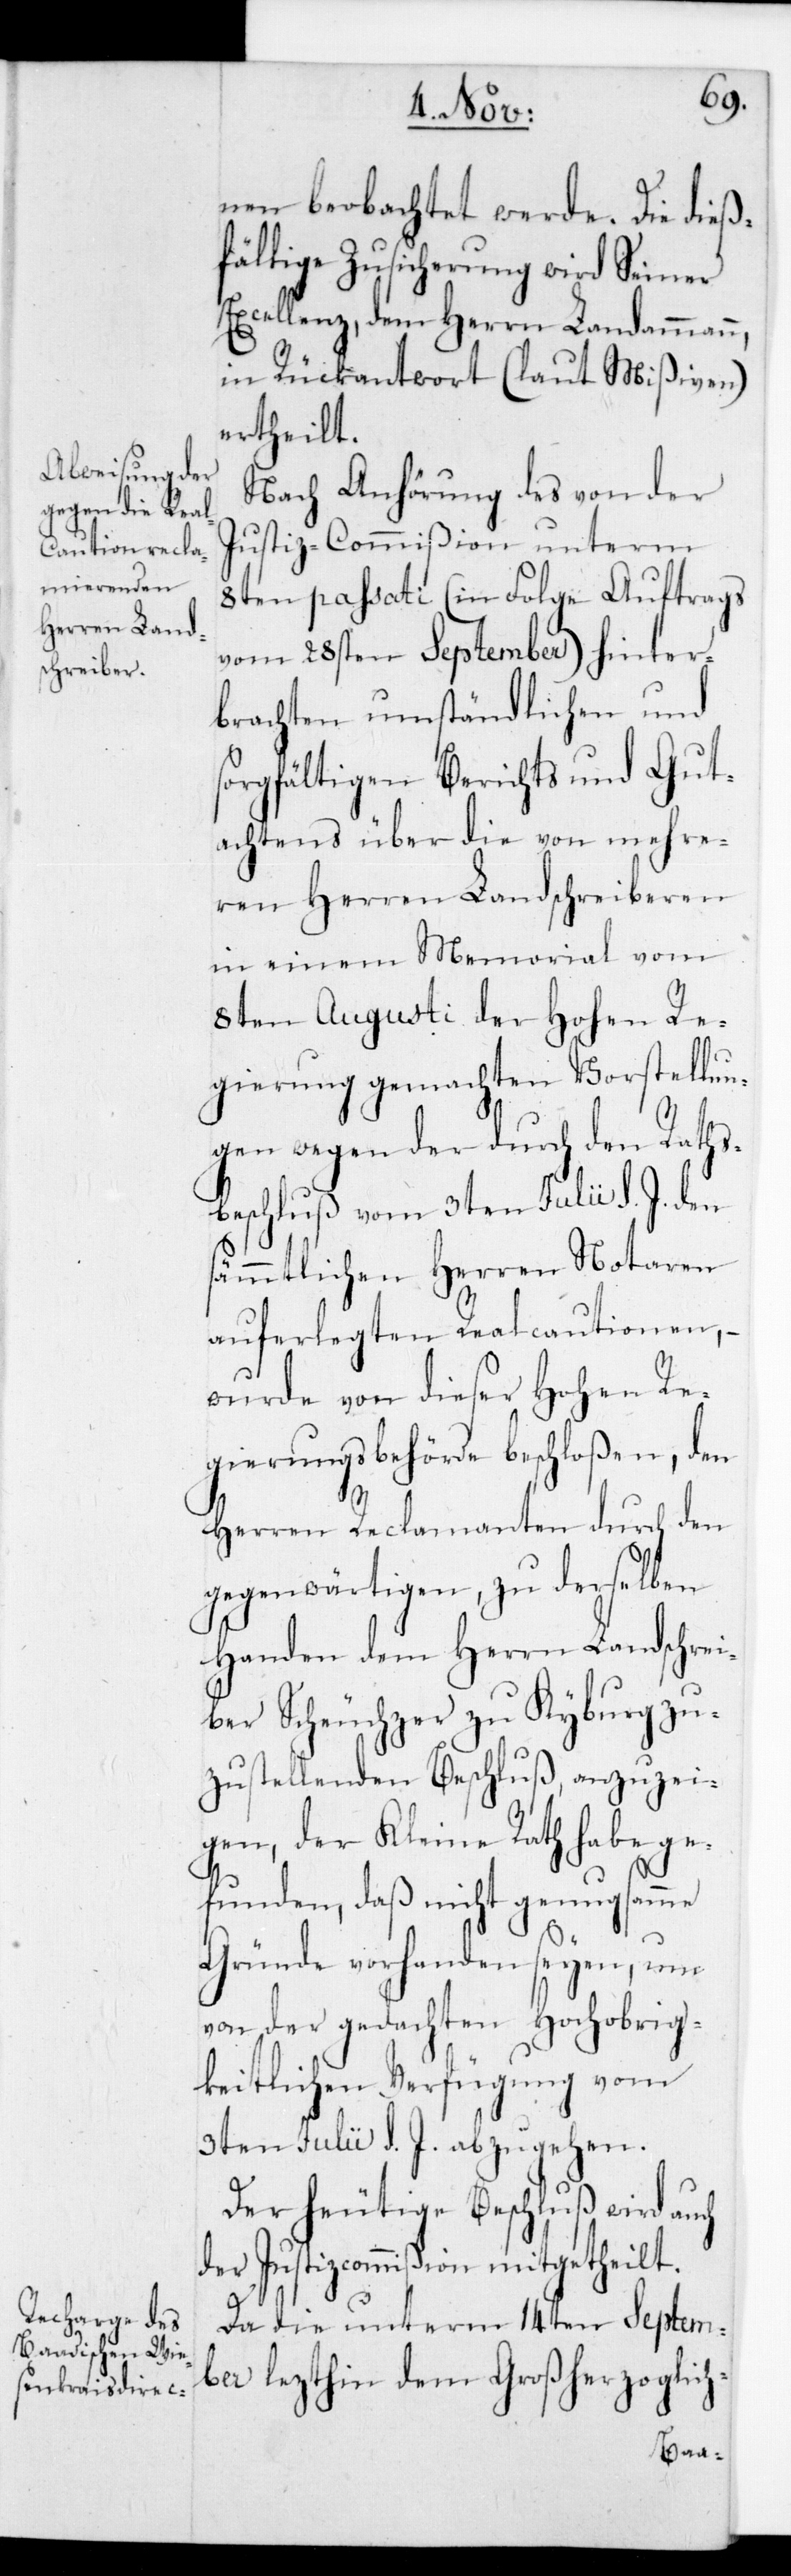
nen beobachtet werde. Die dieß¬
fällige Zusicherung wird Seiner
Excellenz dem Herrn Landammann
in Rückantwort (laut Mißiven)
ertheilt.
Nach Anhörung des von der
Justiz-Commißion unterm
8ten passati (in Folge Auftrags
vom 28sten September) hinter¬
brachten umständlichen und
sorgfältigen Berichts und Gut¬
achtens über die von mehre¬
ren Herren Landschreiberen
in einem Memorial vom
8ten Augusti der Hohen Re¬
gierung gemachten Vorstellun¬
gen wegen der durch den Raths¬
beschluß vom 3ten Julii d. J. den
sämmtlichen Herren Notaren
auferlegten Realcautionen, –
wurde von dieser Hohen Re¬
gierungsbehörde beschloßen, den
Herren Reclamanten durch den
gegenwärtigen, zu derselben
Handen dem Herrn Landschrei¬
ber Scheuchzer zu Kyburg zu¬
zustellenden Beschluß, anzuzei¬
gen, der Kleine Rath habe ge¬
funden, daß nicht genugsamme
Gründe vorhanden seyen, um
von der gedachten Hochobrig¬
keitlichen Verfügung vom
3ten Julii d. J. abzugehen.
Der heutige Beschluß wird auch
der Justizcommißion mitgetheilt.
Da die unterm 14ten Septem¬
ber lezthin dem Großherzoglich-